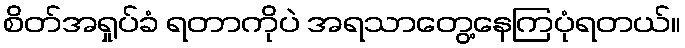
စိတ်အရှုပ်ခံ ရတာကိုပဲ အရသာတွေ့နေကြပုံရတယ်။